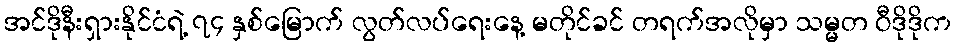
အင်ဒိုနီးရှားနိုင်ငံရဲ့ ၇၄ နှစ်မြောက် လွတ်လပ်ရေးနေ့ မတိုင်ခင် တရက်အလိုမှာ သမ္မတ ဝီဒိုဒိုက